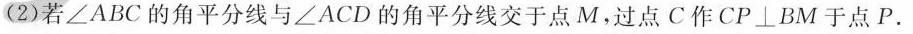
(2)若∠ABC的角平分线与 ∠ACD的角平分线交于点M。过点C作CP⊥BM于点P。